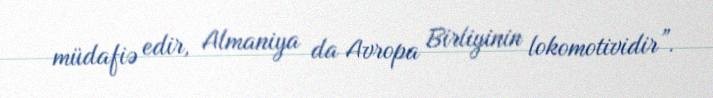
müdafiə edir, Almaniya da Avropa Birliyinin lokomotividir”.